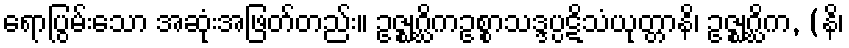
ရောပြွမ်းသော အဆုံးအဖြတ်တည်း။ ဥဇ္ဈဂ္ဃိကဥစ္စာသဒ္ဒပ္ပဋိသံယုတ္တာနိ၊ ဥဇ္ဈဂ္ဃိက, (နိ၊